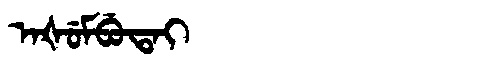
Manchu: ᠠᡧᡠᠮᠪᡠᡨᠠᡳ
Romanization: AŠUMBUTAI